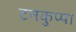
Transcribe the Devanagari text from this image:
टनकुप्पा